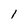
Character: 1